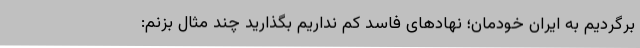
برگردیم به ایران خودمان؛ نهادهای فاسد کم نداریم بگذارید چند مثال بزنم: